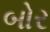
બોર